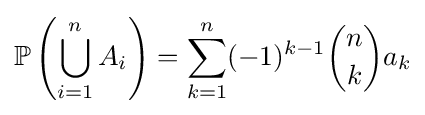
\mathbb {P} \left(\bigcup _{i=1}^{n}A_{i}\right)=\sum _{k=1}^{n}(-1)^{k-1}{\binom {n}{k}}a_{k}